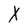
Character: X